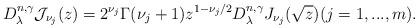
LaTeX: \begin{align*}D_{\lambda }^{n,\gamma }\mathcal{J}_{\nu _{j}}(z)=2^{\nu _{j}}\Gamma (\nu_{j}+1)z^{1-\nu _{j}/2}D_{\lambda }^{n,\gamma }J_{\nu _{j}}(\sqrt{z})(j=1,...,m). \end{align*}